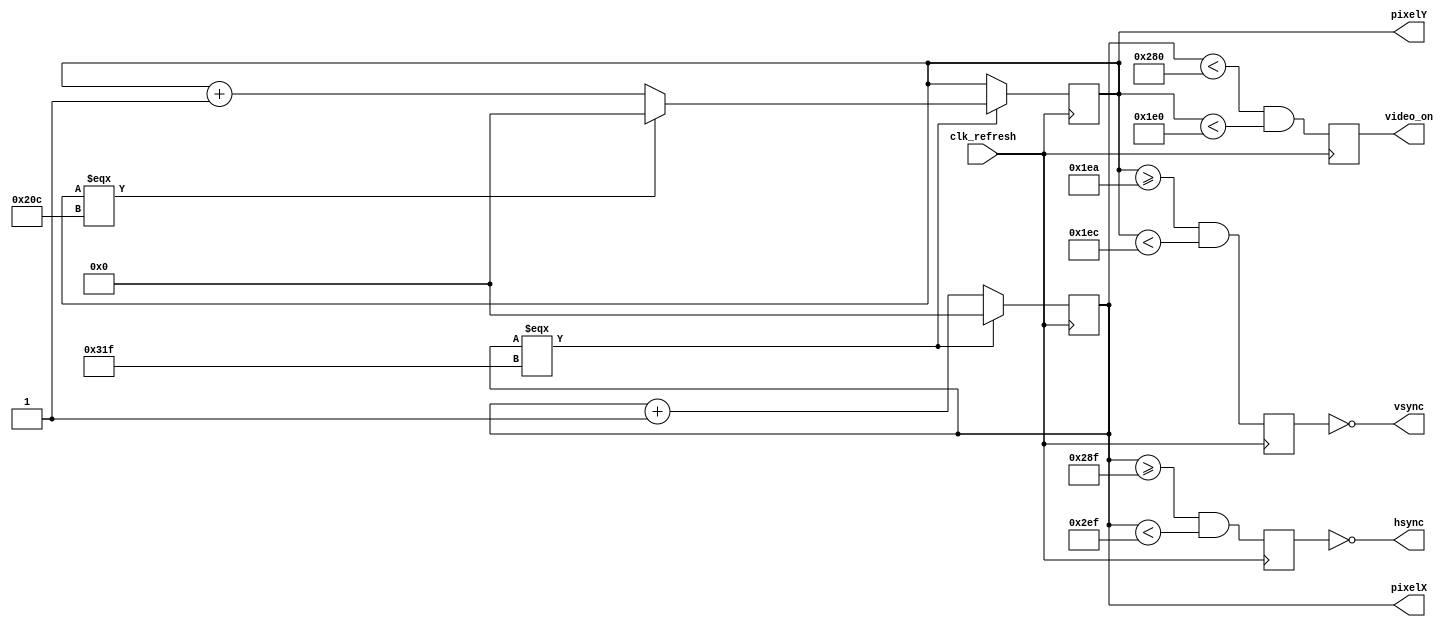
`timescale 1ns / 1ps
//////////////////////////////////////////////////////////////////////////////////
// Company: 
// Engineer: 
// 
// Design Name: 
// Module Name:    h_v_synchronizer 
// Project Name: 
// Target Devices: 
// Tool versions: 
// Description: 
//
// Dependencies: 
//
// Revision: 
// Revision 0.01 - File Created
// Additional Comments: 
//
//////////////////////////////////////////////////////////////////////////////////
module h_v_synchronizer(
	input wire clk_refresh,
	output hsync,
	output vsync,
	output video_on,
	output reg [9:0] pixelX,
	output reg [9:0] pixelY
    );
	 
	 reg display;
	 reg retraceH;
	 reg retraceV;
	 
	 integer H_Display = 640; // end of display 639
	 // start of FP 640
	 integer H_FP = 655; // end of FP 654
	 // start of Retrace 655
	 integer H_Retrace = 751; // end of retrace 750
	 // start of BP 751
	 integer H_BP = 799; // end of horizontal path 799
	 integer V_Display = 480; // end of display 479
	 // start of FP 480
	 integer V_FP = 490; // end of FP 490
	 // start of Retrace 492
	 integer V_Retrace = 492; // end of Retrace 491
	 // start of BP 492
	 integer V_BP = 524; // end of vertical path 524
	 
	 always@ (posedge clk_refresh) begin
		if (pixelX === H_BP) // if we have reached 799 which is
		// the max horizontal length
			pixelX <= 0;
			
		else
			pixelX <= pixelX + 1;
			
	end
	
	always@ (posedge clk_refresh) begin
		if (pixelX === H_BP) begin // if pixelX has reached 799
		// then check pixelY
			if (pixelY === V_BP) // if pixelY has reached 524
				pixelY <= 0;
				
			else
				pixelY <= pixelY + 1;
				
		end
	end
	
	always@ (posedge clk_refresh) begin
		display <= ((pixelX < H_Display) && (pixelY < V_Display));
		// display area is 1 when within hor: 0-639 and ver: 0-479
		retraceH <= ((pixelX >= H_FP) && (pixelX < H_Retrace));
		retraceV <= ((pixelY >= V_FP) && (pixelY < V_Retrace));
		
	end
	
	assign hsync = ~retraceH; // assign 0 to hsync when we
	// are in retrace
	assign vsync = ~retraceV; // assign 0 to vsync when we
	// are in retrace
	assign video_on = display; // video should be on when 
	// within hor: 0-639 and ver: 0-479
	 
endmodule